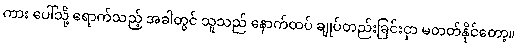
ကား ပေါ်သို့ ရောက်သည့် အခါတွင် သူသည် နောက်ထပ် ချုပ်တည်းခြင်းငှာ မတတ်နိုင်တော့။